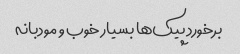
برخورد پیک‌ها بسیار خوب و مودبانه